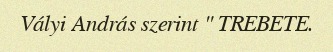
Vályi András szerint " TREBETE.